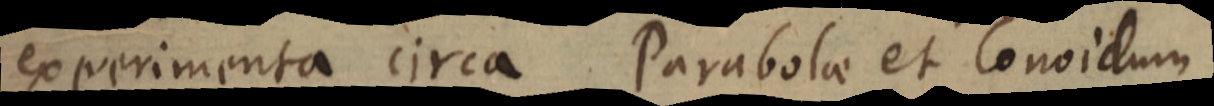
experimenta circa Parabolae et Conoidum